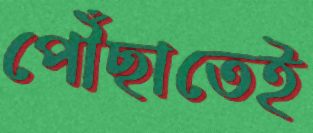
পৌঁছাতেই